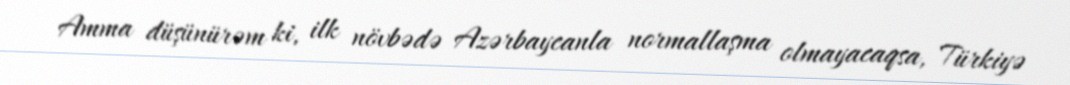
Amma düşünürəm ki, ilk növbədə Azərbaycanla normallaşma olmayacaqsa, Türkiyə